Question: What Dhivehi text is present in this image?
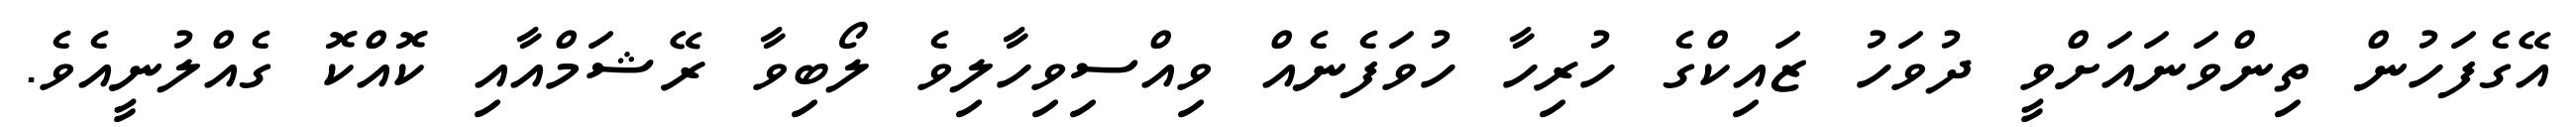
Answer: އޭގެފަހުން ތިންވަނައަށްވީ ދުވަހު ޒައިކްގެ ހުރިހާ ހުވަފެނެއް ވިއްސިވިހާލިވެ ލޯބިވާ ރޭޝަމްއާއި ކޮއްކޮ ގެއްލުނީއެވެ.